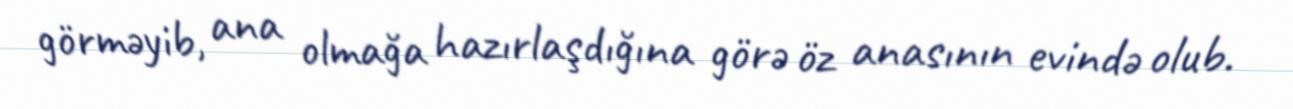
görməyib, ana olmağa hazırlaşdığına görə öz anasının evində olub.